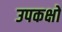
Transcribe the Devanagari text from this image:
उपकक्षों